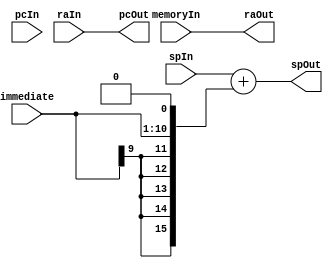

module L_ALU_10 (immediate, spIn, spOut, pcIn, pcOut, raIn, raOut, memoryIn);

// Handles RETURN
// Control bits: instruction[:]
// Immediate bits: instruction[:]
// Each ALU is responsible for sign extending their own immediate

	input [9:0] immediate;
	
	input [15:0] spIn;
	input [15:0] pcIn;
	input [15:0] raIn;
	input [15:0] memoryIn;
	
	output reg [15:0] spOut;
	output reg [15:0] pcOut;
	output reg [15:0] raOut;
	
	// Sign extend immediate: 6 times the MSB concat with rest of imm
	wire [15:0] imm_extended = {{6{immediate[9]}}, immediate[9:0]} << 1;

    always @(*) begin
	 
        //update PC to RA
        pcOut = raIn;

        //calculate new SP
        spOut = spIn + imm_extended;

        //update RA from memory
        raOut = memoryIn;
    end
	 
	 
	 // Logic needs verification yet again
	
endmodule